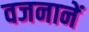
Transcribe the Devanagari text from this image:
वजनानें